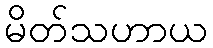
မိတ်သဟာယ